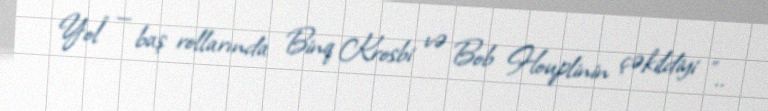
Yol" — baş rollarında Binq Krosbi və Bob Houplinin çəkildiyi "..